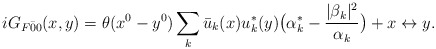
\begin{align*}iG_{F\bar{0}{0}} (x,y) = \theta(x^0-y^0) \sum_k \bar{u}_k (x) u_k ^* (y) \bigl( \alpha_k ^* - \frac{ |\beta_k| ^2}{\alpha_k} \bigr) +x\leftrightarrow y.\end{align*}